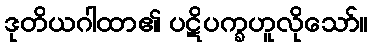
ဒုတိယဂါထာ၏ ပဋိပက္ခဟူလိုသော်။